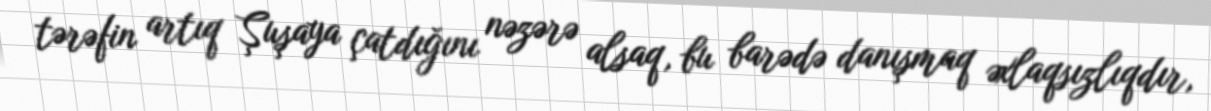
tərəfin artıq Şuşaya çatdığını nəzərə alsaq, bu barədə danışmaq əxlaqsızlıqdır,